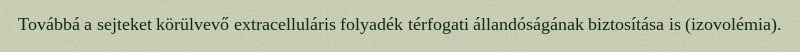
Továbbá a sejteket körülvevő extracelluláris folyadék térfogati állandóságának biztosítása is (izovolémia).